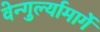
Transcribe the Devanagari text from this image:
वेन्गुर्ल्यामार्गे